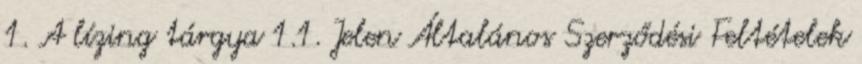
1. A lízing tárgya 1.1. Jelen Általános Szerződési Feltételek